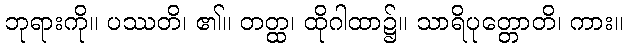
ဘုရားကို။ ပဿတိ၊ ၏။ တတ္ထ၊ ထိုဂါထာ၌။ သာရိပုတ္တောတိ၊ ကား။